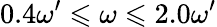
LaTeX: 0.4\omega^{\prime}\leqslant\omega\leqslant 2.0\omega^{\prime}